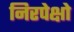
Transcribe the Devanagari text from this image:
निरपेक्षो